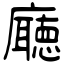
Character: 廰